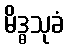
မိဒ္ဓသုခံ